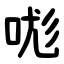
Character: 哤